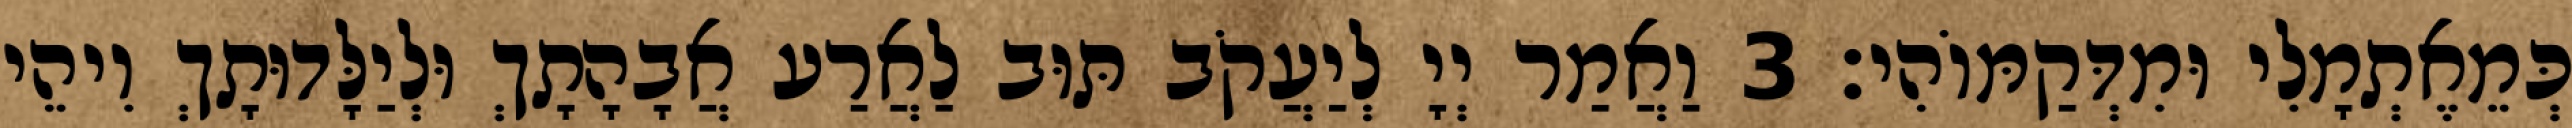
כְּמֵאֶתְמָלִי וּמִדְּקַמּוֹהִי׃ 3 וַאֲמַר יְיָ לְיַעֲקֹב תּוּב לַאֲרַע אֲבָהָתָךְ וּלְיַלָּדוּתָךְ וִיהֵי